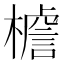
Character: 𭬍